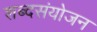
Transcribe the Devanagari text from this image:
शब्दसंयोजन